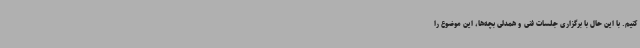
کنیم. با این حال با برگزاری جلسات فنی و همدلی بچه‌ها، این موضوع را